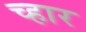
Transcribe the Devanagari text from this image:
च्हार